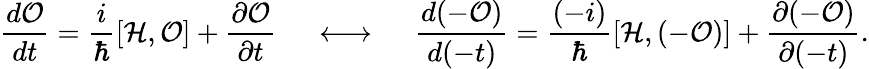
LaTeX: \frac{d{\cal O}}{dt}=\frac{i}{\hbar}\left[{\cal H},{\cal O}\right]+\frac{\partial{\cal O}}{\partial t}\ \ \ \ \ \longleftrightarrow\ \ \ \ \ \frac{d(-{\cal O})}{d(-t)}=\frac{(-i)}{\hbar}\left[{\cal H},(-{\cal O})\right]+\frac{\partial(-{\cal O})}{\partial(-t)}.